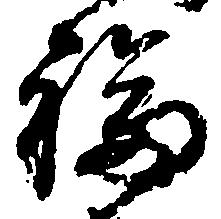
福